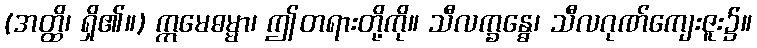
(အတ္ထိ၊ ရှိ၏။) ဣမေဓမ္မာ၊ ဤတရားတို့ကို။ သီလက္ခန္ဓေ၊ သီလဂုဏ်ကျေးဇူး၌။